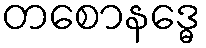
တစောနဒ္ဓေ